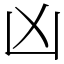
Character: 凶